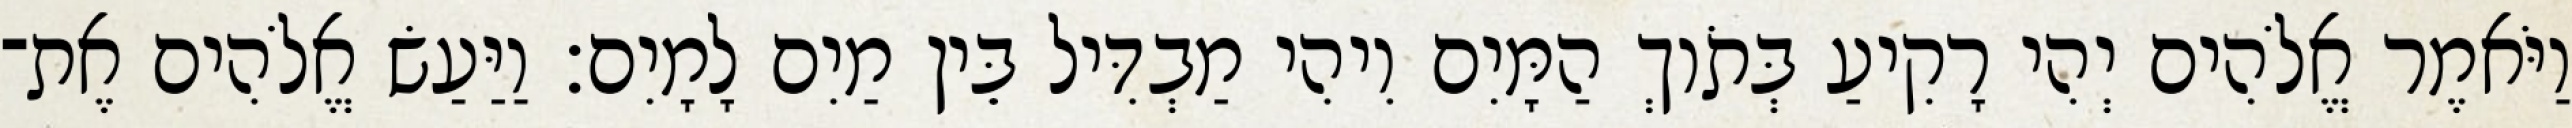
וַיֹּאמֶר אֱלֹהִים יְהִי רָקִיעַ בְּתֹוךְ הַמָּיִם וִיהִי מַבְדִּיל בֵּין מַיִם לָמָיִם׃ וַיַּעַשׂ אֱלֹהִים אֶת־